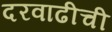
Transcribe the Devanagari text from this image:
दरवाढीची